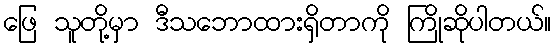
ဖြေ သူတို့မှာ ဒီသဘောထားရှိတာကို ကြိုဆိုပါတယ်။